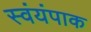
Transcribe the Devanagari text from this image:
स्वंयंपाक